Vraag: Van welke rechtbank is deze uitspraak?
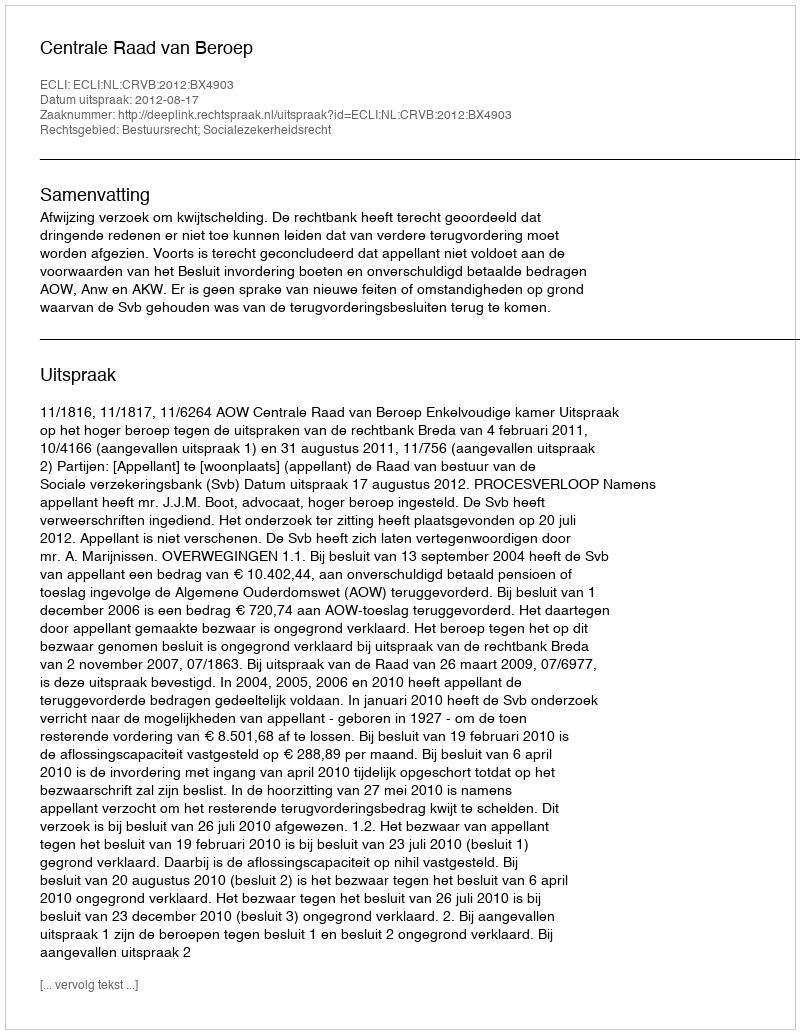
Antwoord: Centrale Raad van Beroep